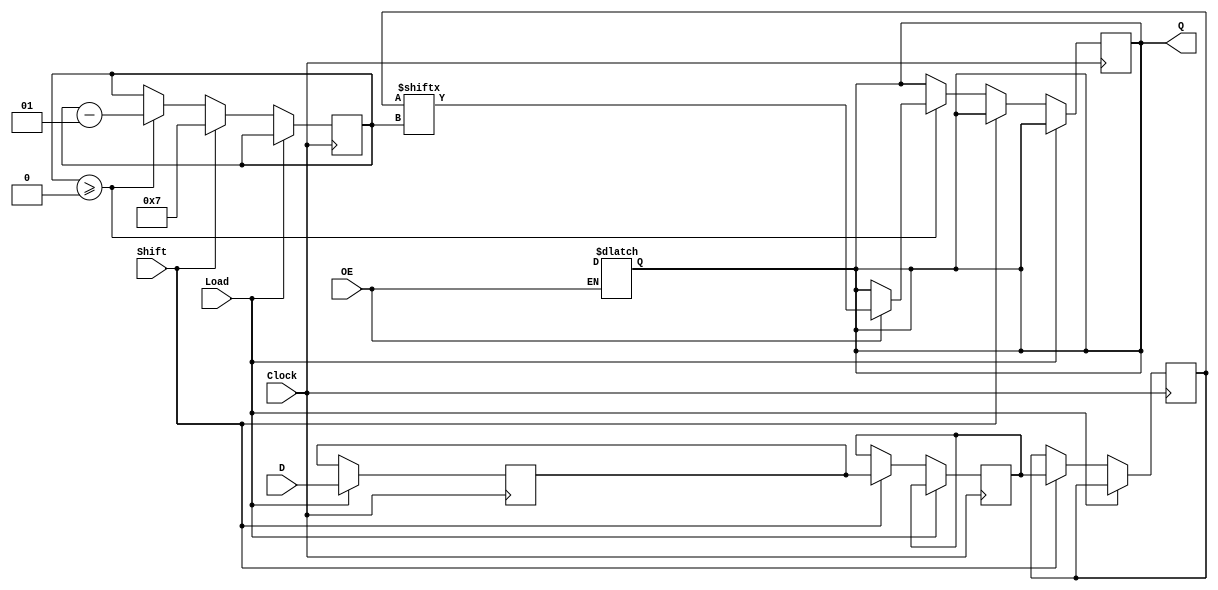
module TwoStagePISO #(
    parameter WIDTH = 8  // Parameter for the width of the input data
)(
    input wire [WIDTH-1:0] D,      // Parallel input data
    input wire Load,                // Load control signal
    input wire Shift,               // Shift control signal
    input wire Clock,               // Clock signal
    input wire OE,                  // Output Enable signal
    output reg Q                   // Serial output
);

    // Internal registers for the two stages
    reg [WIDTH-1:0] stage1;         // Stage 1 register
    reg [WIDTH-1:0] stage2;         // Stage 2 register
    reg [WIDTH-1:0] shift_reg;      // Shift register for serial output
    integer count;                  // Counter for shifting

    always @(posedge Clock) begin
        if (Load) begin
            // Load data into Stage 1
            stage1 <= D;
        end
        else if (Shift) begin
            // Transfer data from Stage 1 to Stage 2
            stage2 <= stage1;
            // Initialize the shift register with Stage 2 data
            shift_reg <= stage2;
            count <= WIDTH - 1; // Set counter to the last bit index
        end
        else if (count >= 0) begin
            // Shift out data serially
            if (OE) begin
                Q <= shift_reg[count]; // Output the current bit
            end
            // Shift the register for the next bit
            count <= count - 1;
        end
    end

    // High impedance state when OE is low
    always @(*) begin
        if (!OE) begin
            Q = 1'bz; // High impedance
        end
    end

endmodule